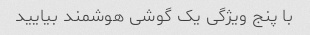
با پنج ویژگی یک گوشی هوشمند بیایید